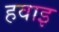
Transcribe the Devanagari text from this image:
हवाइ